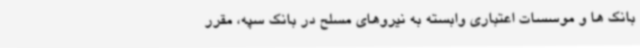
بانک ها و موسسات اعتباری وابسته به نیروهای مسلح در بانک سپه، مقرر